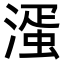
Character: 𣼈